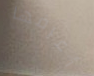
أعرفها